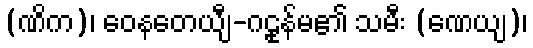
(ဏိက)၊ ဝေနတေယျီ-ဂဠုန်မ၏ သမီး (ဏေယျ)၊